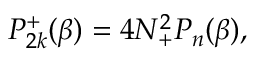
{ \cal P } _ { 2 k } ^ { + } ( \beta ) = 4 N _ { + } ^ { 2 } { \cal P } _ { n } ( \beta ) ,